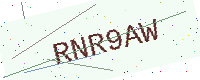
Text: RNR9AW